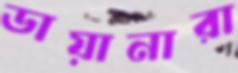
ডায়ানারা